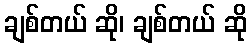
ချစ်တယ် ဆို၊ ချစ်တယ် ဆို